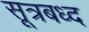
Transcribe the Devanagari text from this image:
सूत्रबध्द